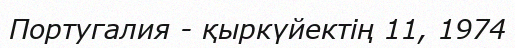
Португалия - қыркүйектің 11, 1974